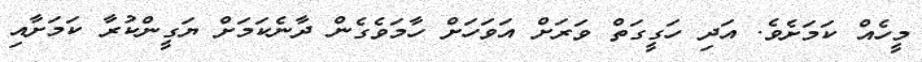
މީހެއް ކަމަށެވެ. އަދި ހަގީގަތް ވަރަށް އަވަހަށް ހާމަވެގެން ދާނެކަމަށް ޔަގީންކުރާ ކަމަށާއި